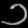
Digit: ၁